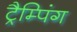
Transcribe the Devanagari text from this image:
ट्रैम्पिंग